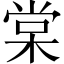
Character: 棠